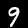
Label: 9